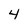
Character: 4